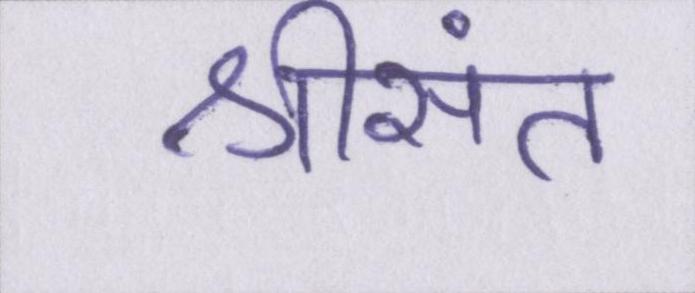
श्रीसंत